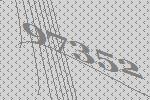
97352